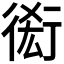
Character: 𧗫